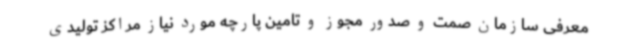
معرفی سازمان صمت و صدور مجوز و تامین پارچه مورد نیاز مراکز تولیدی